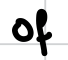
Text: of
Cross-out: clean
Writing tool: digital_black